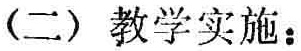
(二) 教学实施：